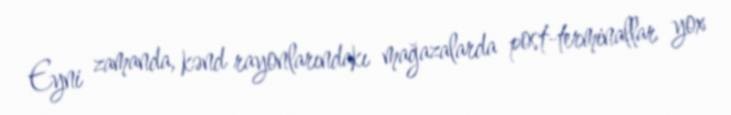
Eyni zamanda, kənd rayonlarındakı mağazalarda post-terminallar yox